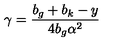
\gamma = \frac { b _ { g } + b _ { k } - y } { 4 b _ { g } \alpha ^ { 2 } }